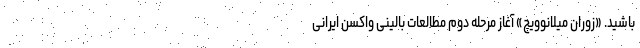
باشید. «زوران میلانوویچ» آغاز مرحله دوم مطالعات بالینی واکسن ایرانی